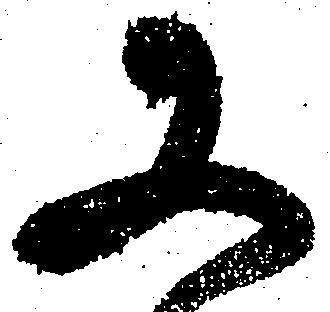
又